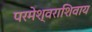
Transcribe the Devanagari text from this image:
परमेश्वराशिवाय